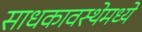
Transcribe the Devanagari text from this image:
साधकावस्थेमध्ये